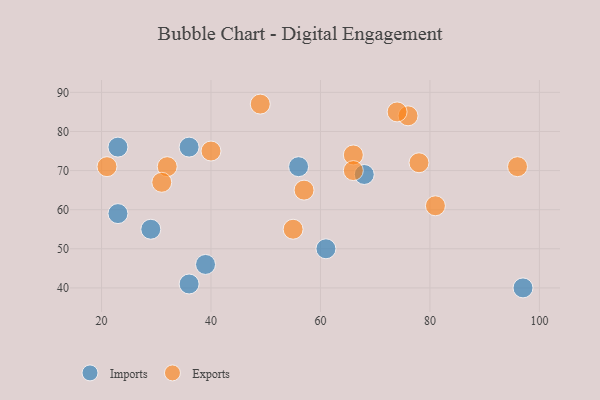
{"axis": {"x": "GDP", "y": "Life Expectancy"}, "legend": ["Exports", "Imports"], "data": [{"x": "29", "y": 55, "type": "Imports"}, {"x": "56", "y": 71, "type": "Imports"}, {"x": "23", "y": 59, "type": "Imports"}, {"x": "68", "y": 69, "type": "Imports"}, {"x": "36", "y": 41, "type": "Imports"}, {"x": "39", "y": 46, "type": "Imports"}, {"x": "97", "y": 40, "type": "Imports"}, {"x": "61", "y": 50, "type": "Imports"}, {"x": "23", "y": 76, "type": "Imports"}, {"x": "36", "y": 76, "type": "Imports"}, {"x": "32", "y": 71, "type": "Exports"}, {"x": "66", "y": 74, "type": "Exports"}, {"x": "78", "y": 72, "type": "Exports"}, {"x": "31", "y": 67, "type": "Exports"}, {"x": "66", "y": 70, "type": "Exports"}, {"x": "81", "y": 61, "type": "Exports"}, {"x": "76", "y": 84, "type": "Exports"}, {"x": "55", "y": 55, "type": "Exports"}, {"x": "74", "y": 85, "type": "Exports"}, {"x": "49", "y": 87, "type": "Exports"}, {"x": "96", "y": 71, "type": "Exports"}, {"x": "40", "y": 75, "type": "Exports"}, {"x": "21", "y": 71, "type": "Exports"}, {"x": "57", "y": 65, "type": "Exports"}]}